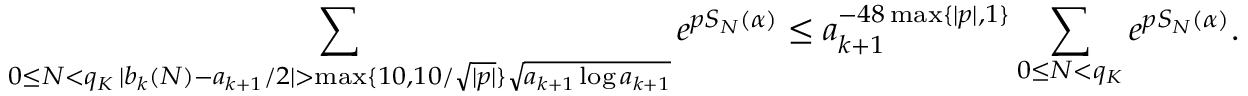
\sum _ { \substack { 0 \le N < q _ { K } \, | b _ { k } ( N ) - a _ { k + 1 } / 2 | > \operatorname* { m a x } \{ 1 0 , 1 0 / \sqrt { | p | } \} \sqrt { a _ { k + 1 } \log a _ { k + 1 } } } } e ^ { p S _ { N } ( \alpha ) } \le a _ { k + 1 } ^ { - 4 8 \operatorname* { m a x } \{ | p | , 1 \} } \sum _ { 0 \le N < q _ { K } } e ^ { p S _ { N } ( \alpha ) } .